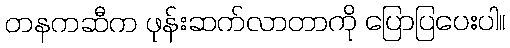
တနကဆီက ဖုန်းဆက်လာတာကို ပြောပြပေးပါ။